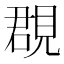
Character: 覠